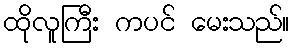
ထိုလူကြီး ကပင် မေးသည်။